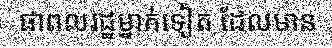
ផាពលរដ្ឋម្នាក់ទៀត ដែលមាន